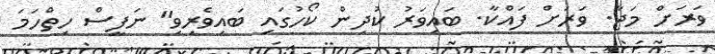
ވަރަށް މަޖާ. ވަރަށް ފައްކާ. ބައިވަރު ކުދިން ކޯހުގައި ބައިވެރިވި" ނަފީސް ހިތްހަމަ